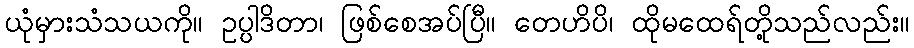
ယုံမှားသံသယကို။ ဥပ္ပါဒိတာ၊ ဖြစ်စေအပ်ပြီ။ တေဟိပိ၊ ထိုမထေရ်တို့သည်လည်း။